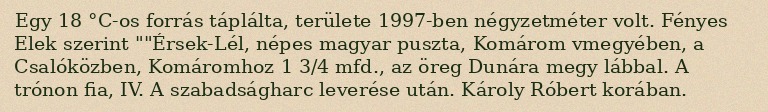
Egy 18 °C-os forrás táplálta, területe 1997-ben négyzetméter volt. Fényes Elek szerint ""Érsek-Lél, népes magyar puszta, Komárom vmegyében, a Csalóközben, Komáromhoz 1 3/4 mfd., az öreg Dunára megy lábbal. A trónon fia, IV. A szabadságharc leverése után. Károly Róbert korában.